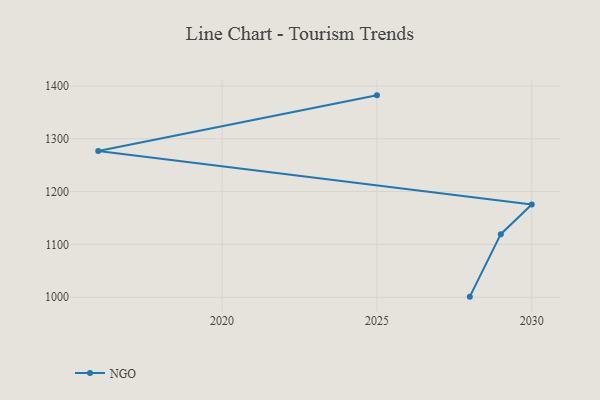
{"axis": {"x": "Year", "y": "Energy Usage (MWh)"}, "legend": ["NGO"], "data": [{"x": "2028", "y": 1001.1, "type": "NGO"}, {"x": "2029", "y": 1119.4, "type": "NGO"}, {"x": "2030", "y": 1175.5, "type": "NGO"}, {"x": "2016", "y": 1276.9, "type": "NGO"}, {"x": "2025", "y": 1382.2, "type": "NGO"}]}